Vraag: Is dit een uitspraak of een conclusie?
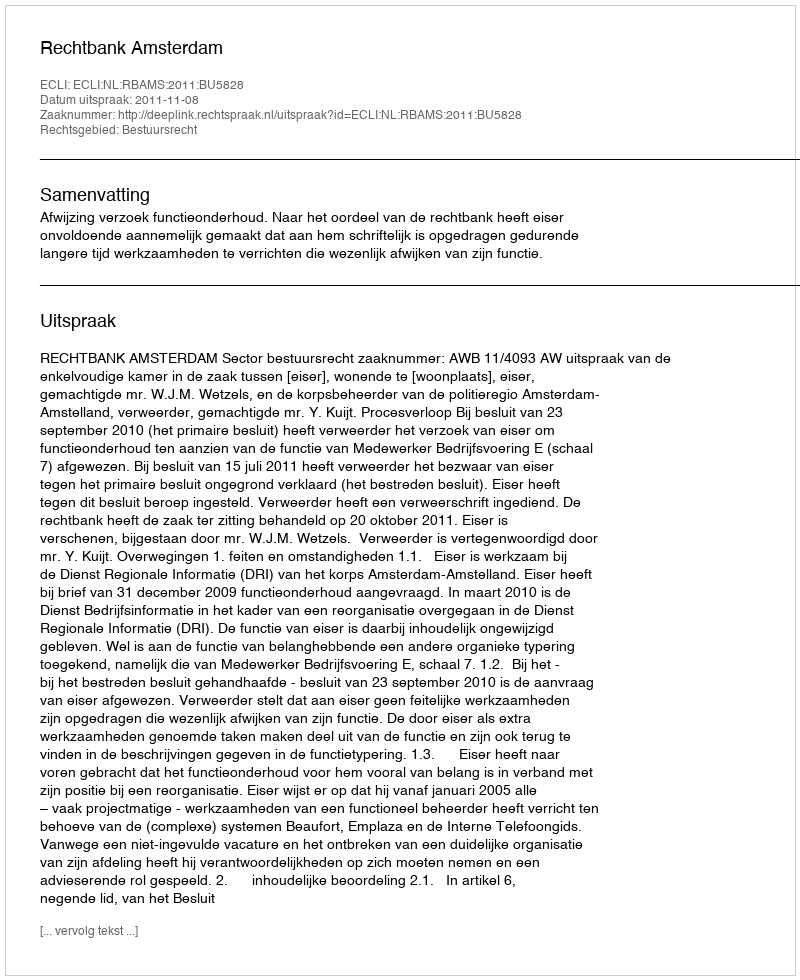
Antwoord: Uitspraak